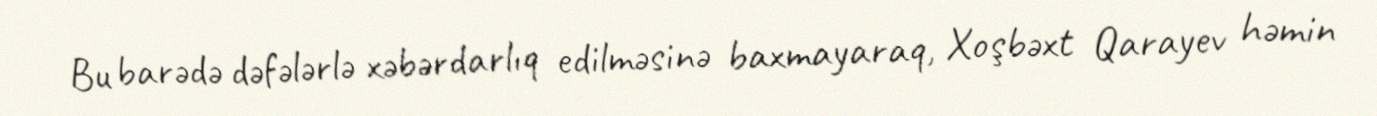
Bu barədə dəfələrlə xəbərdarlıq edilməsinə baxmayaraq, Xoşbəxt Qarayev həmin